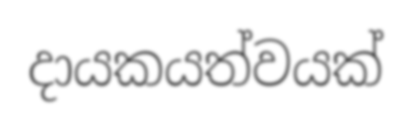
දායකයත්වයක්